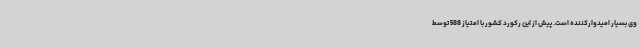
وی بسیار امیدوارکننده است. پیش از این رکورد کشور با امتیاز 588 توسط